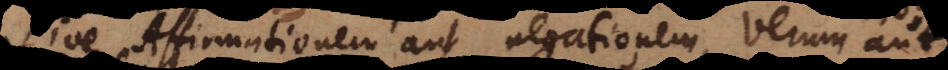
sive Affirmationem aut negationem, verum aut